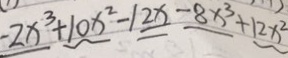
- 2 x ^ { 3 } + 1 0 x ^ { 2 } - 1 2 x - 8 x ^ { 3 } + 1 2 x ^ { 2 }